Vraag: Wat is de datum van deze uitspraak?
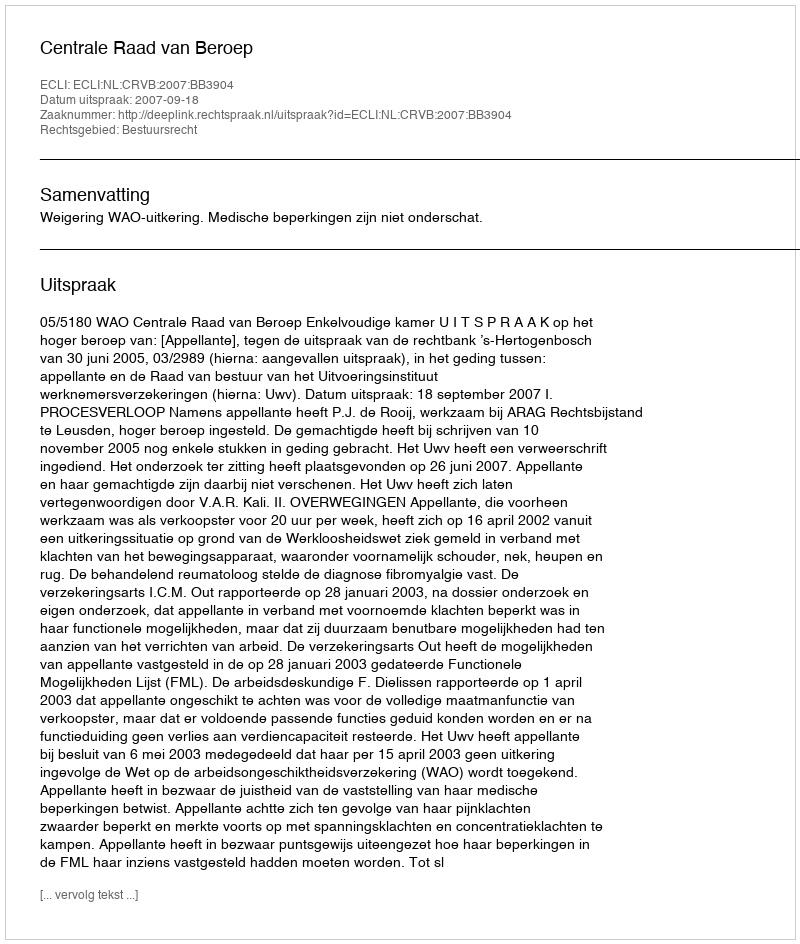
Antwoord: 2007-09-18